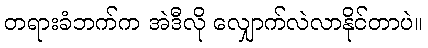
တရားခံဘက်က အဲဒီလို လျှောက်လဲလာနိုင်တာပဲ။